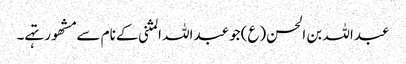
عبداللہ بن الحسن(ع)جو عبداللہ المثنی کے نام سے مشھور تہے۔